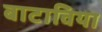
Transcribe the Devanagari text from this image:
बाटाविया